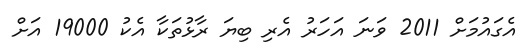
އެގައުމަށް 2011 ވަނަ އަހަރު އެރި ބިޔަ ރާޅުތަކާ އެކު 19000 އަށް